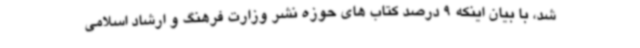
شد، با بیان اینکه 9 درصد کتاب های حوزه نشر وزارت فرهنگ و ارشاد اسلامی